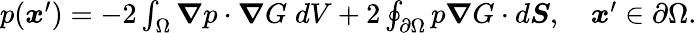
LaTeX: \begin{array}{r}{p(\boldsymbol{x}^{\prime})=-2\int_{\Omega}\boldsymbol{\nabla}p\cdot\boldsymbol{\nabla}G\; dV+2\oint_{\partial\Omega}p\boldsymbol{\nabla}G\cdot d\boldsymbol{S},\quad\boldsymbol{x}^{\prime}\in\partial\Omega.}\end{array}